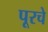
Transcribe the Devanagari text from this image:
पूरचे